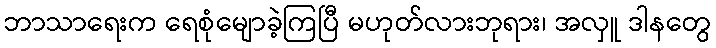
ဘာသာရေးက ရေစုံမျောခဲ့ကြပြီ မဟုတ်လားဘုရား၊ အလှူ ဒါနတွေ